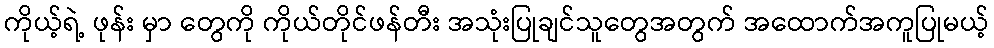
ကိုယ့်ရဲ့ ဖုန်း မှာ တွေကို ကိုယ်တိုင်ဖန်တီး အသုံးပြုချင်သူတွေအတွက် အထောက်အကူပြုမယ့်